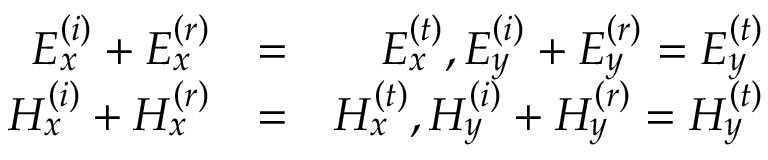
\begin{array} { r l r } { E _ { x } ^ { \left( i \right) } + E _ { x } ^ { \left( r \right) } } & { = } & { E _ { x } ^ { \left( t \right) } , E _ { y } ^ { \left( i \right) } + E _ { y } ^ { \left( r \right) } = E _ { y } ^ { \left( t \right) } } \\ { H _ { x } ^ { \left( i \right) } + H _ { x } ^ { \left( r \right) } } & { = } & { H _ { x } ^ { \left( t \right) } , H _ { y } ^ { \left( i \right) } + H _ { y } ^ { \left( r \right) } = H _ { y } ^ { \left( t \right) } } \end{array}